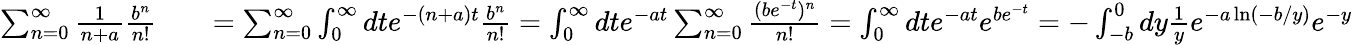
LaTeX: \begin{array}{rlr}{\sum_{n=0}^{\infty}\frac{1}{n+a}\frac{b^{n}}{n!}}&{{}}&{=\sum_{n=0}^{\infty}\int_{0}^{\infty}dte^{-(n+a)t}\frac{b^{n}}{n!}=\int_{0}^{\infty}dte^{-at}\sum_{n=0}^{\infty}\frac{(be^{-t})^{n}}{n!}=\int_{0}^{\infty}dte^{-at}e^{be^{-t}}=-\int_{-b}^{0}dy\frac{1}{y}e^{-a\ln\left(-b/y\right)}e^{-y}}\end{array}